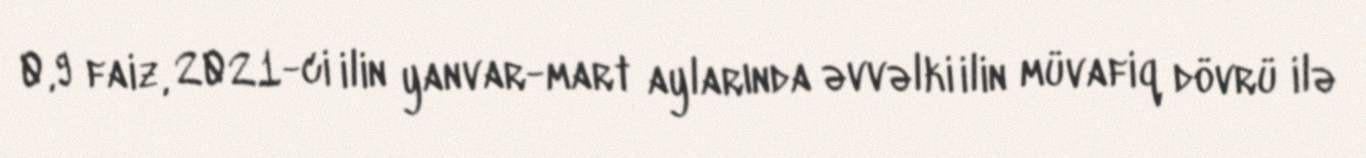
0,9 faiz, 2021-ci ilin yanvar-mart aylarında əvvəlki ilin müvafiq dövrü ilə